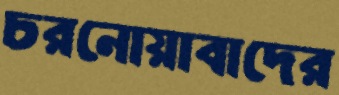
চরনোয়াবাদের